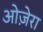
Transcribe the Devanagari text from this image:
ओज़ेरा